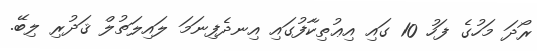
ރޯދަ މަހުގެ ފަހު 10 ގައި އިޢުތިކާފުގައި އިނދެފިނަމަ ލައިލަތުލް ޤަދުރި ލިބޭ.